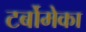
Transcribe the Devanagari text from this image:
टर्बोमेका